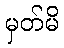
မှတ်မိ